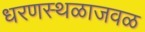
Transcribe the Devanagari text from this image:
धरणस्थळाजवळ